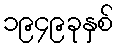
၁၉၄၉ခုနှစ်